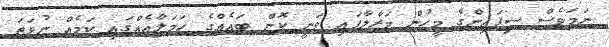
ނަމަވެސް ސިފައިންގެ މީހުން މަރާލާފައި ވަނީ ކޮން ބައެއްގެ ހަމަލާއެއްގައި ކަމެއް ނުވަތަ